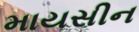
માયસીન